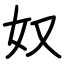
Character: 奴